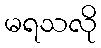
မရသလို